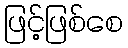
ဖြင့်ဖြစ်စေ